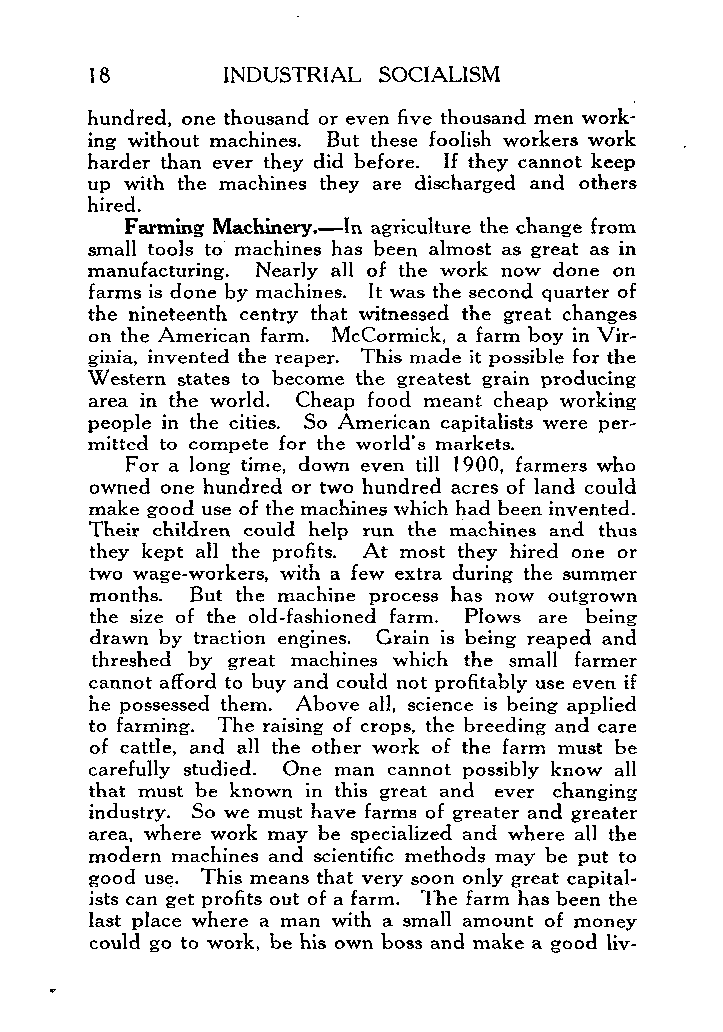
INDUSTRIAL SOCIALISM
 hundred, one thousand or even five thousand men work-
 ing without machines. But these foolish workers work
 harder than ever they did before. If they cannot keep
 up with the machines they are discharged and others
 hired.
 Farming Machinery.-1 n agriculture the change from
 small tools to machines has been almost as great as in
 manufacturing. Nearly all of the work now done on
 farms is done by machines. It was the second quarter of
 the nineteenth centry that witnessed the great changes
 on the American farm. McCormick, a farm boy in Vir-
 ginia, invented the reaper. This made it possible for the
 Western states to become the greatest grain producing
 area in the world. Cheap food meant cheap working
 people in the cities. So American capitalists were per-
 mitted to compete for the world’s markets.
 For a long time, down even till 1900, farmers who
 owned one hundred or two hundred acres of land could
 make good use of the machines which had been invented.
 Their children could help run the machines and thus
 they kept all the profits. At most they hired one or
 two wage-workers, with a few extra during the summer
 months. But the machine process has now outgrown
 the size of the old-fashioned farm. Plows are being
 drawn by traction engines. Grain is being reaped and
 threshed by great machines which the small farmer
 cannot afford to buy and could not profitably use even if
 he possessed them. Above all, science is being applied
 to farming. The raising of crops, the breeding and care
 of cattle, and all the other work of the farm must be
 carefully studied. One man cannot possibly know all
 that must be known in this great and ever changing
 industry. So we must have farms of greater and greater
 area, where work may be specialized and where all the
 modern machines and scientific methods may be put to
 good use. This means that very soon only great capital-
 ists can get profits out of a farm. The farm has been the
 last place where a man with a small amount of money
 could go to work, be his own boss and make a good liv-